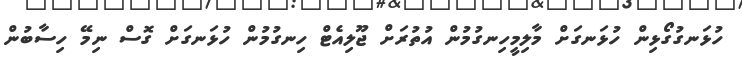
ހުޅަނގުގޯޅިން ހުޅަނގަށް މާލިމީހިނގުމުން އުތުރަށް ޖޫލިއެޓް ހިނގުމުން ހުޅަނގަށް ގޮސް ނިމޭ ހިސާބުން